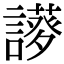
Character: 𧬝